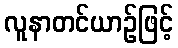
လူနာတင်ယာဉ်ဖြင့်